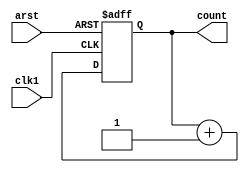
`timescale 1ns / 1ps
module counter1(
    input clk1, arst,
    output reg [3:0] count
    );
    
    always@(posedge clk1, posedge arst)
    begin
      if(arst)
        count<=4'h0;
        else 
            count<= count+1;  
    end
endmodule